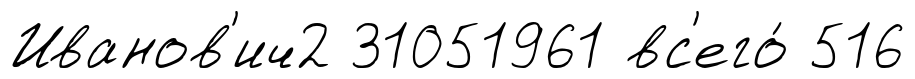
Иванов'ич2 31051961 вс'его́ 516